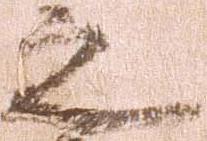
之